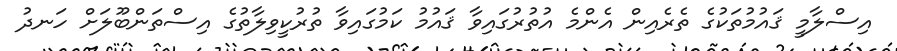
އިސްލާމީ ޤައުމުތަކުގެ ތެރެއިން އެންމެ އުތުރުގައިވާ ޤައުމު ކަމުގައިވާ ތުރުކީވިލާތުގެ އިސްތަންބޫލަށް ހަނދު